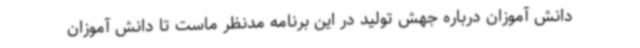
دانش آموزان درباره جهش تولید در این برنامه مدنظر ماست تا دانش آموزان